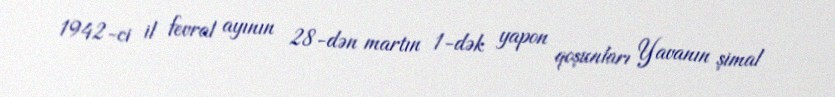
1942-ci il fevral ayının 28-dən martın 1-dək yapon qoşunları Yavanın şimal